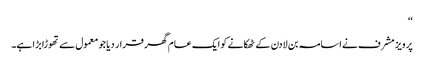
‘‘
پرویز مشرف نے اسامہ بن لادن کے ٹھکانے کو ایک عام گھر قرار دیا جو معمول سے تھوڑا بڑا ہے۔